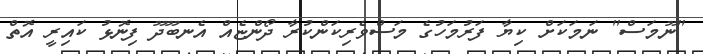
"ނޫމަސް" ނަމަކަށް ކިޔާ ފަރުމަހުގެ މަސްވެރިކަންކުރާ ދޯންޏެއް އެނބޫދޫ ފިނޮޅު ކައިރީ އޮތް